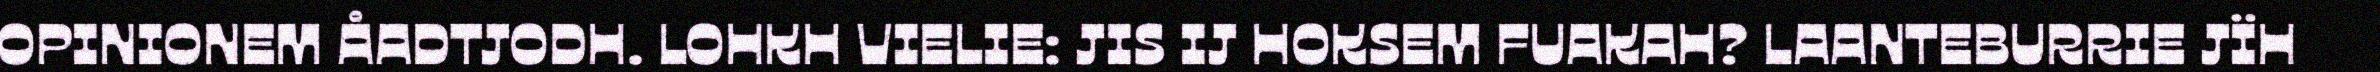
OPINIONEM ÅADTJODH. LOHKH VIELIE: JIS IJ HOKSEM FUAKAH? LAANTEBURRIE JÏH